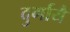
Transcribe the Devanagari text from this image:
दुर्गायै